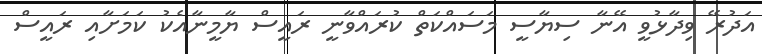
އަދުރޭ ވިދާޅުވީ އޭނާ ސިޔާސީ މަސައްކަތް ކުރައްވާނީ ރައީސް ޔާމީނާއެކު ކަމަށާއި ރައީސް